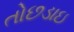
તોછડાઇ